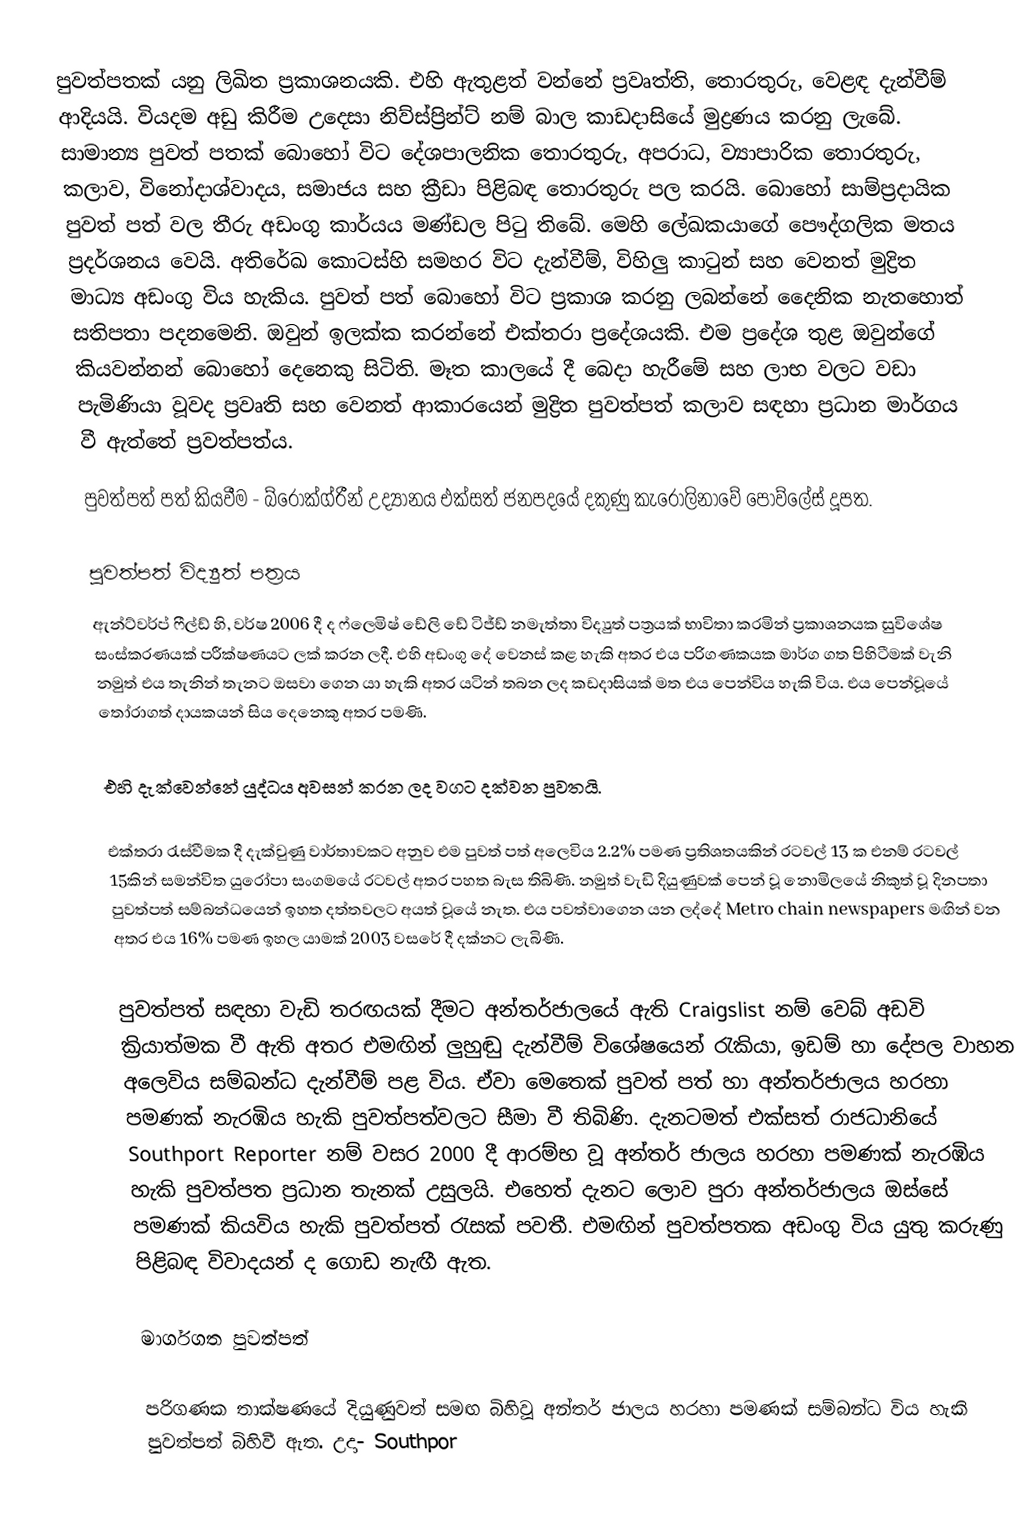
පුවත්පතක් යනු ලිඛිත ප්‍රකාශනයකි. එහි ඇතුළත් වන්නේ ප්‍රවෘත්ති, තොරතුරු, වෙළඳ දැන්වීම් ආදියයි. වියදම අඩු කිරීම උදෙසා නිව්ස්ප්‍රින්ට් නම් බාල කාඩදාසියේ මුද්‍රණය කරනු ලැබේ. සාමාන්‍ය පුවත් පතක් බොහෝ විට දේශපාලනික තොරතුරු, අපරාධ, ව්‍යාපාරික තොරතුරු, කලාව, විනෝදාශ්වාදය, සමාජය සහ ක්‍රීඩා පිළිබඳ තොරතුරු පල කරයි. බොහෝ සාම්ප්‍රදායික පුවත් පත් වල තීරු අඩංගු කාර්යය මණ්ඩල පිටු තිබේ. මෙහි ලේඛකයාගේ පෞද්ගලික මතය ප්‍රදර්ශනය වෙයි. අතිරේඛ කොටස්හි සමහර විට දැන්වීම්, විහිලු කාටුන් සහ වෙනත් මුද්‍රිත මාධ්‍ය අඩංගු විය හැකිය. පුවත් පත් බොහෝ විට ප්‍රකාශ කරනු ලබන්නේ දෛනික නැතහොත් සතිපතා පදනමෙනි. ඔවුන් ඉලක්ක කරන්නේ එක්තරා ප්‍රදේශයකි. එම ප්‍රදේශ තුළ ඔවුන්ගේ කියවන්නන් බොහෝ දෙනෙකු සිටිති. මෑත කාලයේ දී බෙදා හැරීමේ සහ ලාභ වලට වඩා පැමිණියා වූවද ප්‍රවෘති සහ වෙනත් ආකාරයෙන් මුද්‍රිත පුවත්පත් කලාව සඳහා ප්‍රධාන මාර්ගය වී ඇත්තේ ප්‍රවත්පත්ය.
පුවත්පත් පත් කියවීම - බ්රෝක්ග්රීන් උද්‍යානය එක්සත් ජනපදයේ දකුණු කැරොලිනාවේ පොව්ලේස් දූපත.

පුවත්පත් විද්‍යුත් පත්‍රය
ඇන්ට්වර්ප් ෆීල්ඩ් හි, වර්ෂ 2006 දී ද ෆ්ලෙමිෂ් ඩේලි ඩේ ටිජ්ඩ් නමැත්තා විද්‍යුත් පත්‍රයක් භාවිතා කරමින් ප්‍රකාශනයක සුවිශේෂ සංස්කරණයක් පරීක්ෂණයට ලක් කරන ලදී. එහි අඩංගු දේ වෙනස් කළ හැකි අතර එය පරිගණකයක මාර්ග ගත පිහිටීමක් වැනි නමුත් එය තැනින් තැනට ඔසවා ගෙන යා හැකි අතර යටින් තබන ලද කඩදාසියක් මත එය පෙන්විය හැකි විය. එය පෙන්වූයේ තෝරාගත් දායකයන් සිය දෙනෙකු අතර පමණි.

එහි දැක්වෙන්නේ යුද්ධය අවසන් කරන ලද වගට දක්වන පුවතයි.

එක්තරා රැස්වීමක දී දැක්වුණු වාර්තාවකට අනුව එම පුවත් පත් අලෙවිය 2.2% පමණ ප්‍රතිශතයකින් රටවල් 13 ක එනම් රටවල් 15කින් සමන්විත යුරෝපා සංගමයේ රටවල් අතර පහත බැස තිබිණි. නමුත් වැඩි දියුණුවක් පෙන් වූ නොමි‍ලයේ නිකුත් වූ දිනපතා පුවත්පත් සම්බන්ධයෙන් ඉහත දත්තවලට අයත් වූයේ නැත. එය පවත්වාගෙන යන ලද්දේ Metro chain  newspapers මඟින් වන අතර එය 16% පමණ ඉහල යාමක් 2003 වසරේ දී දක්නට ලැබිණි.

පුවත්පත් සඳහා වැඩි තරඟයක් දීමට අන්තර්ජාලයේ ඇති Craigslist නම් වෙබ් අඩවි ක්‍රියාත්මක වී ඇති අතර එමඟින් ලුහුඬු දැන්වීම් විශේෂයෙන් රැකියා, ඉඩම් හා දේපල වාහන අලෙවිය සම්බන්ධ දැන්වීම් පළ විය. ඒවා මෙතෙක් පුවත් පත් හා අන්තර්ජාලය හරහා පමණක් නැරඹිය හැකි පුවත්පත්වලට සීමා වී තිබිණි. දැනටමත් එක්සත් රාජධානියේ Southport Reporter නම් වසර 2000  දී ආරම්භ වූ අන්තර් ජාලය හරහා පමණක් නැරඹිය හැකි පුවත්පත ප්‍රධාන තැනක් උසුලයි. එහෙත් දැනට ලොව පුරා අන්තර්ජාලය ඔස්සේ පමණක් කියවිය හැකි පුවත්පත් රැසක් පවතී. එමඟින් පුවත්පතක අඩංගු විය යුතු කරුණු පිළිබඳ විවාදයන් ද ගොඩ නැඟී ඇත.

මාර්ගගත පුවත්පත්

පරිගණක තාක්ෂණයේ දියුණුවත් සමඟ බිහිවූ  අන්තර් ජාලය හරහා පමණක් සම්බන්ධ විය හැකි පුවත්පත් බිහිවී ඇත. උදා- Southpor